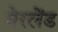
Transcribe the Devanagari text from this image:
मेरलेंड